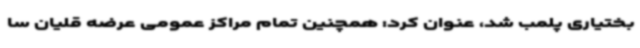
بختیاری پلمب شد، عنوان کرد: همچنین تمام مراکز عمومی عرضه قلیان سا